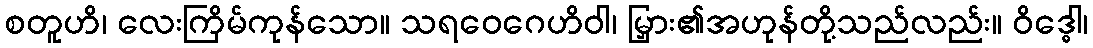
စတူဟိ၊ လေးကြိမ်ကုန်သော။ သရဝေဂေဟိဝါ၊ မြှား၏အဟုန်တို့သည်လည်း။ ဝိဒ္ဓေါ၊